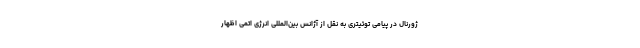
ژورنال در پیامی توئیتری به نقل از آژانس بین‌المللی انرژی اتمی اظهار